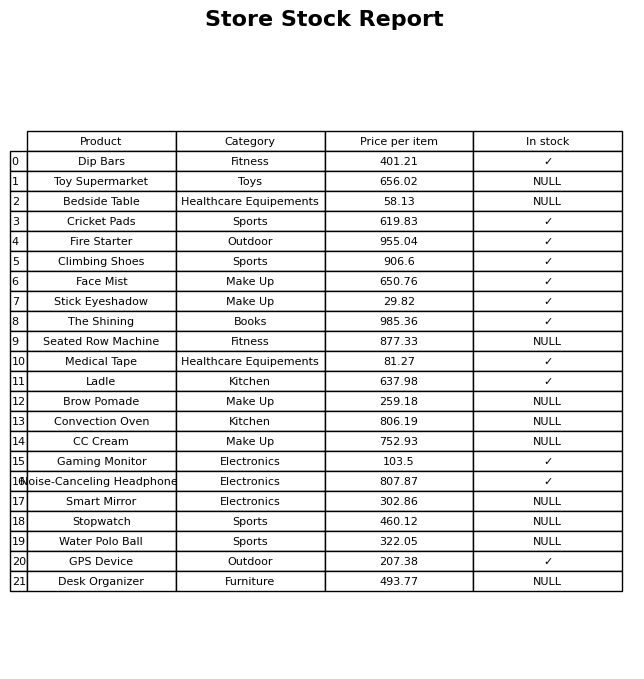
question: What is the price for Climbing Shoes?
answer: The price of Climbing Shoes is 906.6.